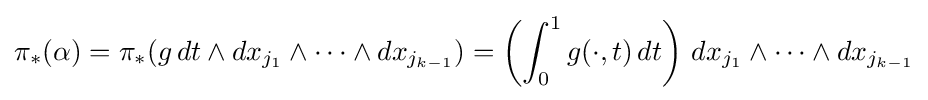
\pi _{*}(\alpha )=\pi _{*}(g\,dt\wedge dx_{j_{1}}\wedge \dots \wedge dx_{j_{k-1}})=\left(\int _{0}^{1}g(\cdot ,t)\,dt\right)\,{dx_{j_{1}}\wedge \dots \wedge dx_{j_{k-1}}}